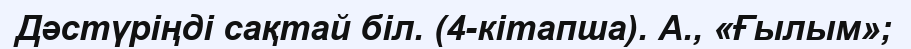
Дәстүріңді сақтай біл. (4-кітапша). А., «Ғылым»;